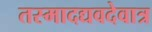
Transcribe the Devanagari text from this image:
तस्मादद्यवदेवात्र